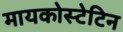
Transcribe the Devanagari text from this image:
मायकोस्टेटिन